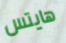
هايتس